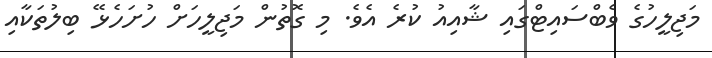
މަޖިލީހުގެ ވެބްސައިޓްގައި ޝާއިއު ކުރެ އެވެ. މި ގޮތުން މަޖިލީހަށް ހުށަހެޅޭ ބިލުތަކާއި